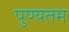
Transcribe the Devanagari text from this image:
पुण्यतम